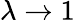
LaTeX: \lambda\to 1